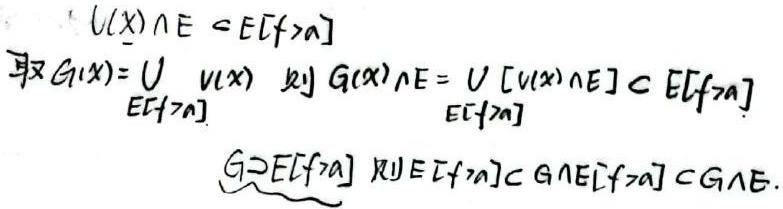
- 取\(G(x)=\bigcup_{E[f\geq a]} V(x)\)，则\(G(x)\cap E=\bigcup_{E[f\geq a]} [V(x)\cap E]\subset E[f\geq a]\)
- \(G\supset E[f\geq a]\)且\(E[f\geq a]\subset G\cap E[f\geq a]\subset G\cap E\)